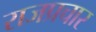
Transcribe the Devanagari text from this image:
राजप्रचार